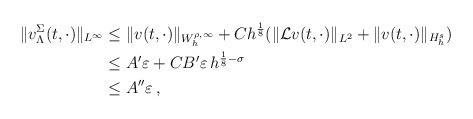
LaTeX: \begin{align*}\|v^{\Sigma}_{\Lambda}(t,\cdot)\|_{L^{\infty}} & \le \|v(t,\cdot)\|_{W_h^{\rho, \infty}} + C h^\frac{1}{8}( \|\mathcal{L}v(t,\cdot)\|_{L^2} + \|v(t,\cdot) \|_{H^s_h}) \\& \le A' \varepsilon + CB' \varepsilon \, h^{\frac{1}{8}-\sigma} \\& \le A''\varepsilon \, ,\end{align*}